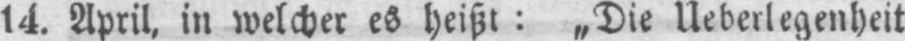
14. April, in welcher es heißt: „Die Ueberlegenheit